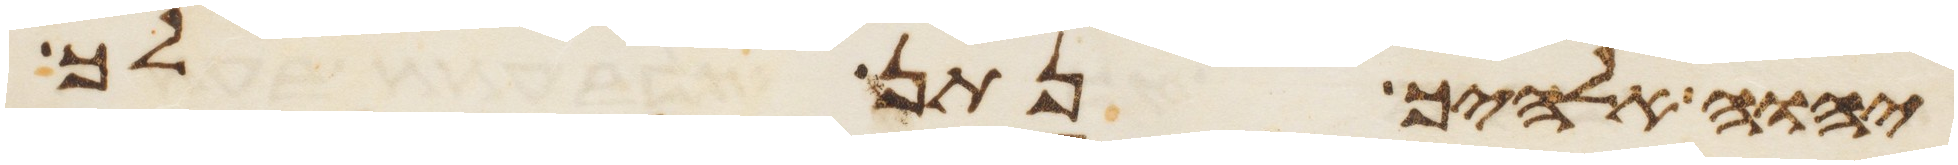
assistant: יהוה אלהיך נתן לך